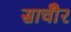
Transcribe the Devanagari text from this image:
साचौँर